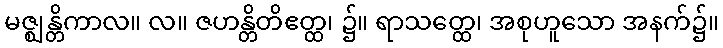
မဇ္ဈန္တိကာလ။ လ။ ဇဟန္တိတိဧတ္ထ၊ ၌။ ရာသတ္ထေ၊ အစုဟူသော အနက်၌။